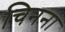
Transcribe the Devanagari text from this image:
चिनना